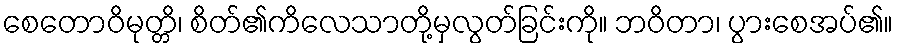
စေတောဝိမုတ္တိ၊ စိတ်၏ကိလေသာတို့မှလွတ်ခြင်းကို။ ဘဝိတာ၊ ပွားစေအပ်၏။